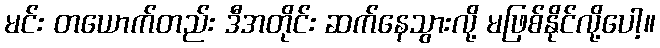
မင်း တယောက်တည်း ဒီအတိုင်း ဆက်နေသွားလို့ မဖြစ်နိုင်လို့ပေါ့။